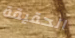
الحقيقة